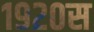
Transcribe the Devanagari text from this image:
१९२०स